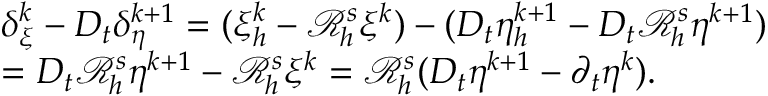
\begin{array} { r l } & { \delta _ { \xi } ^ { k } - D _ { t } \delta _ { \eta } ^ { k + 1 } = ( \xi _ { h } ^ { k } - { \mathcal { R } _ { h } ^ { s } } \xi ^ { k } ) - ( D _ { t } \eta _ { h } ^ { k + 1 } - D _ { t } { \mathcal { R } _ { h } ^ { s } } \eta ^ { k + 1 } ) } \\ & { = D _ { t } { \mathcal { R } _ { h } ^ { s } } \eta ^ { k + 1 } - { \mathcal { R } _ { h } ^ { s } } \xi ^ { k } = { \mathcal { R } _ { h } ^ { s } } ( D _ { t } \eta ^ { k + 1 } - \partial _ { t } \eta ^ { k } ) . } \end{array}